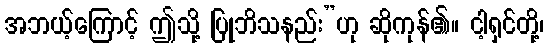
အဘယ့်ကြောင့် ဤသို့ ပြုဘိသနည်း”ဟု ဆိုကုန်၏။ ငါ့ရှင်တို့၊